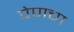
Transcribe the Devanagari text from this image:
पेणचा